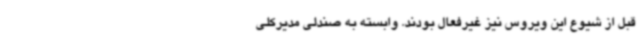
قبل از شیوع این ویروس نیز غیرفعال بودند. وابسته به صندلی مدیرکلی